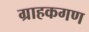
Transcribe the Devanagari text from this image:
ग्राहकगण